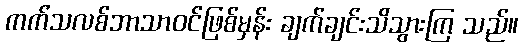
ကက်သလစ်ဘာသာဝင်ဖြစ်မှန်း ချက်ချင်းသိသွားကြ သည်။